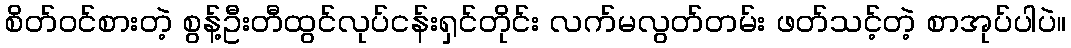
စိတ်ဝင်စားတဲ့ စွန့်ဦးတီထွင်လုပ်ငန်းရှင်တိုင်း လက်မလွတ်တမ်း ဖတ်သင့်တဲ့ စာအုပ်ပါပဲ။